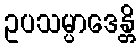
ဥပသမ္ပာဒေန္တိ